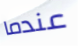
عندما